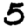
Digit: 5